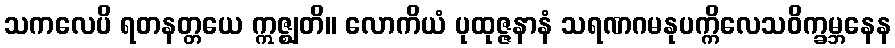
သကလေပိ ရတနတ္တယေ ဣဇ္ဈတိ။ လောကိယံ ပုထုဇ္ဇနာနံ သရဏဂမနုပက္ကိလေသဝိက္ခမ္ဘနေန